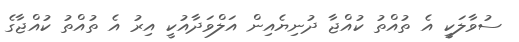
ސުވާލަކީ އެ ތުއްތު ކުއްޖާ ދުނިޔެއިން އަލްވަދާއުކީ އިރު އެ ތުއްތު ކުއްޖާގެ